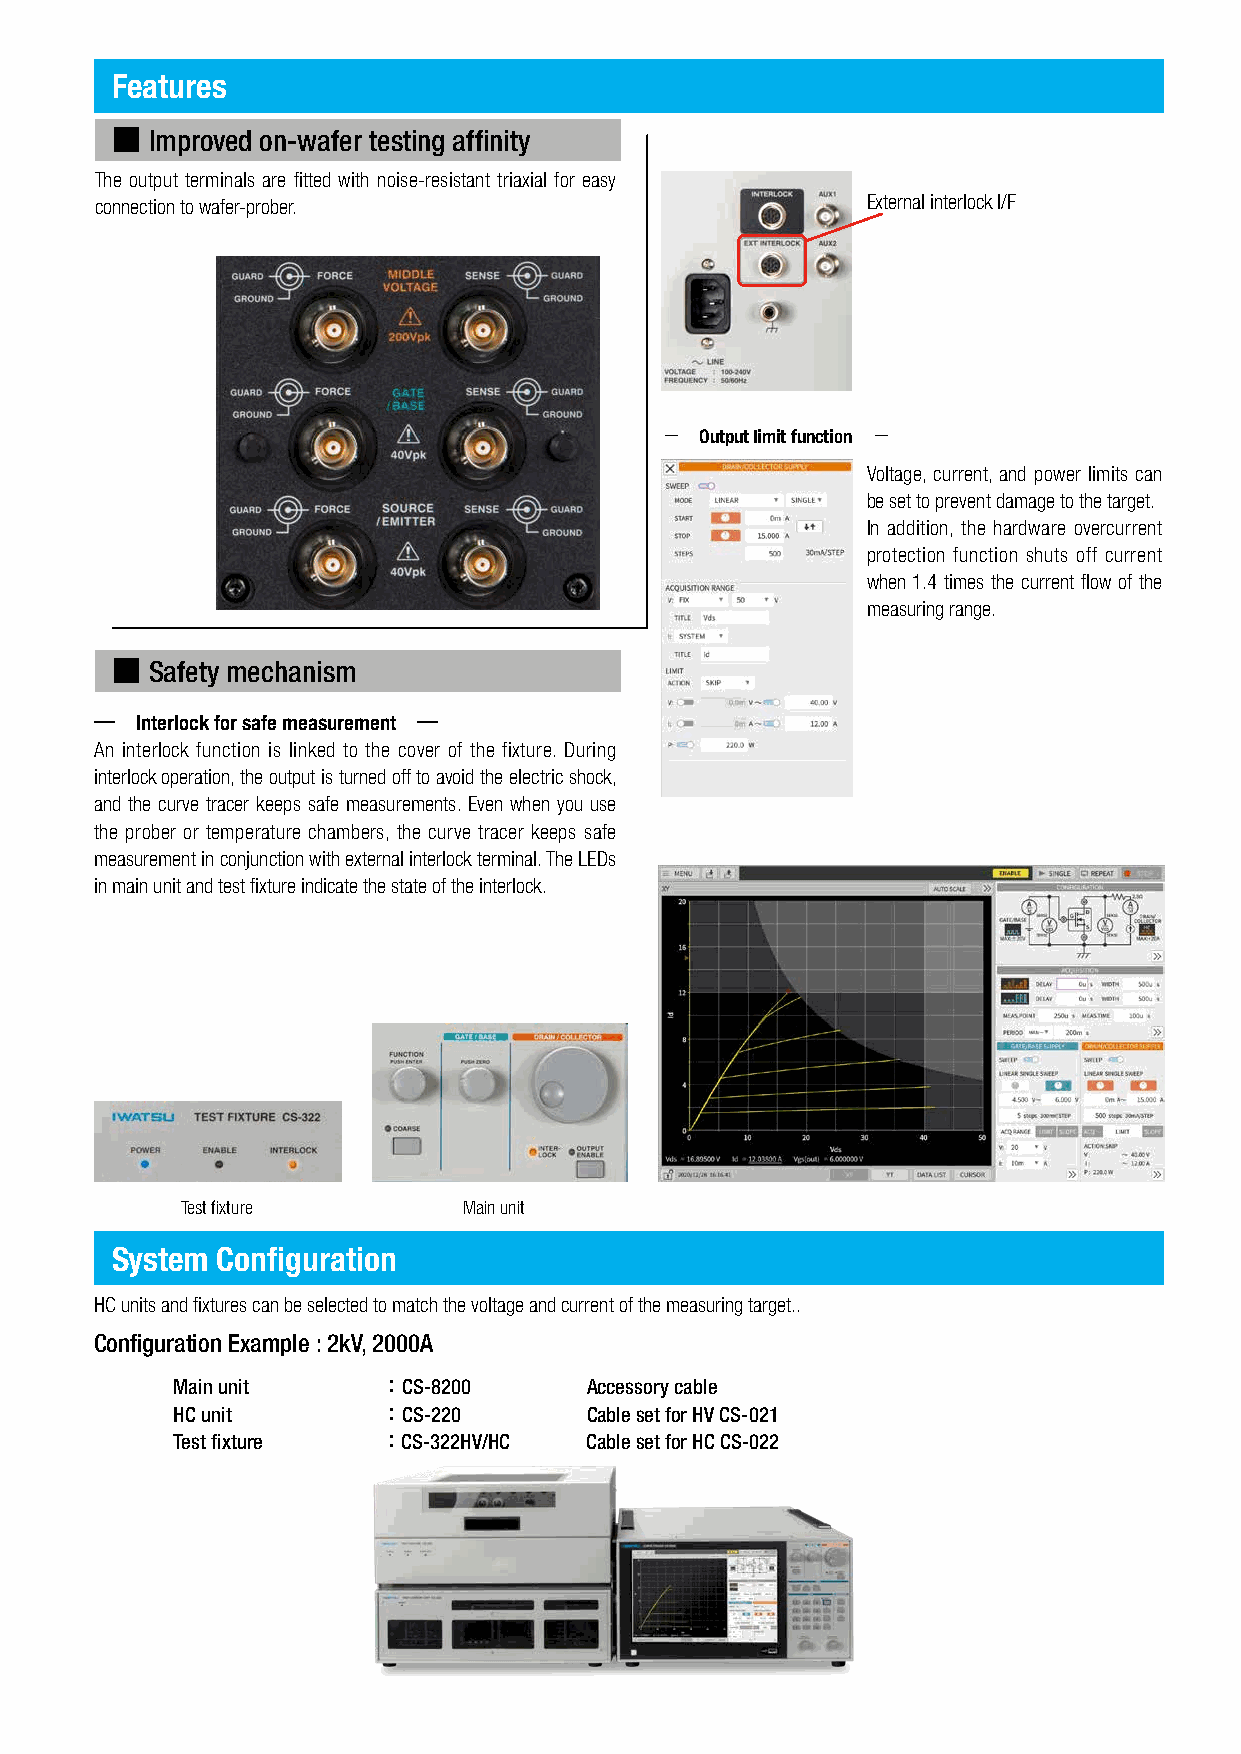
Features
 ■  Improved on-wafer testing affinity
 The output terminals are fitted with noise-resistant triaxial for easy
 connection to wafer-prober.                        External interlock I/F
 − Output limit function −
 Voltage, current, and power limits can
 be set to prevent damage to the target.
 In addition, the hardware overcurrent
 protection function shuts off current
 when 1.4 times the current flow of the
 measuring range.
 ■  Safety mechanism
 ―  Interlock for safe measurement ―
 An interlock function is linked to the cover of the fixture. During
 interlock operation, the output is turned off to avoid the electric shock,
 and the curve tracer keeps safe measurements. Even when you use
 the prober or temperature chambers, the curve tracer keeps safe
 measurement in conjunction with external interlock terminal. The LEDs
 in main unit and test fixture indicate the state of the interlock.
 Test fixture       Main unit
 System Configuration
 HC units and fixtures can be selected to match the voltage and current of the measuring target..
 Configuration Example : 2kV, 2000A
 Main unit    ： CS-8200     Accessory cable
 HC unit      ： CS-220      Cable set for HV CS-021
 Test fixture ： CS-322HV/HC Cable set for HC CS-022